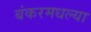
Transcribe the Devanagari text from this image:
बंकरमधल्या